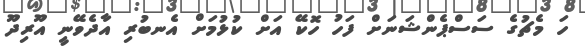
ހަ މެޗުގެ ސަސްޕެންޝަނަށް ފަހު ހޮކޭ އަށް ކުޅުމަށް އެނބުރި އާދެވޭނީ އޫރިދޫ